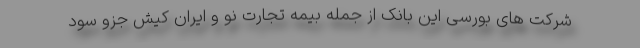
شرکت های بورسی این بانک از جمله بیمه تجارت نو و ایران کیش جزو سود